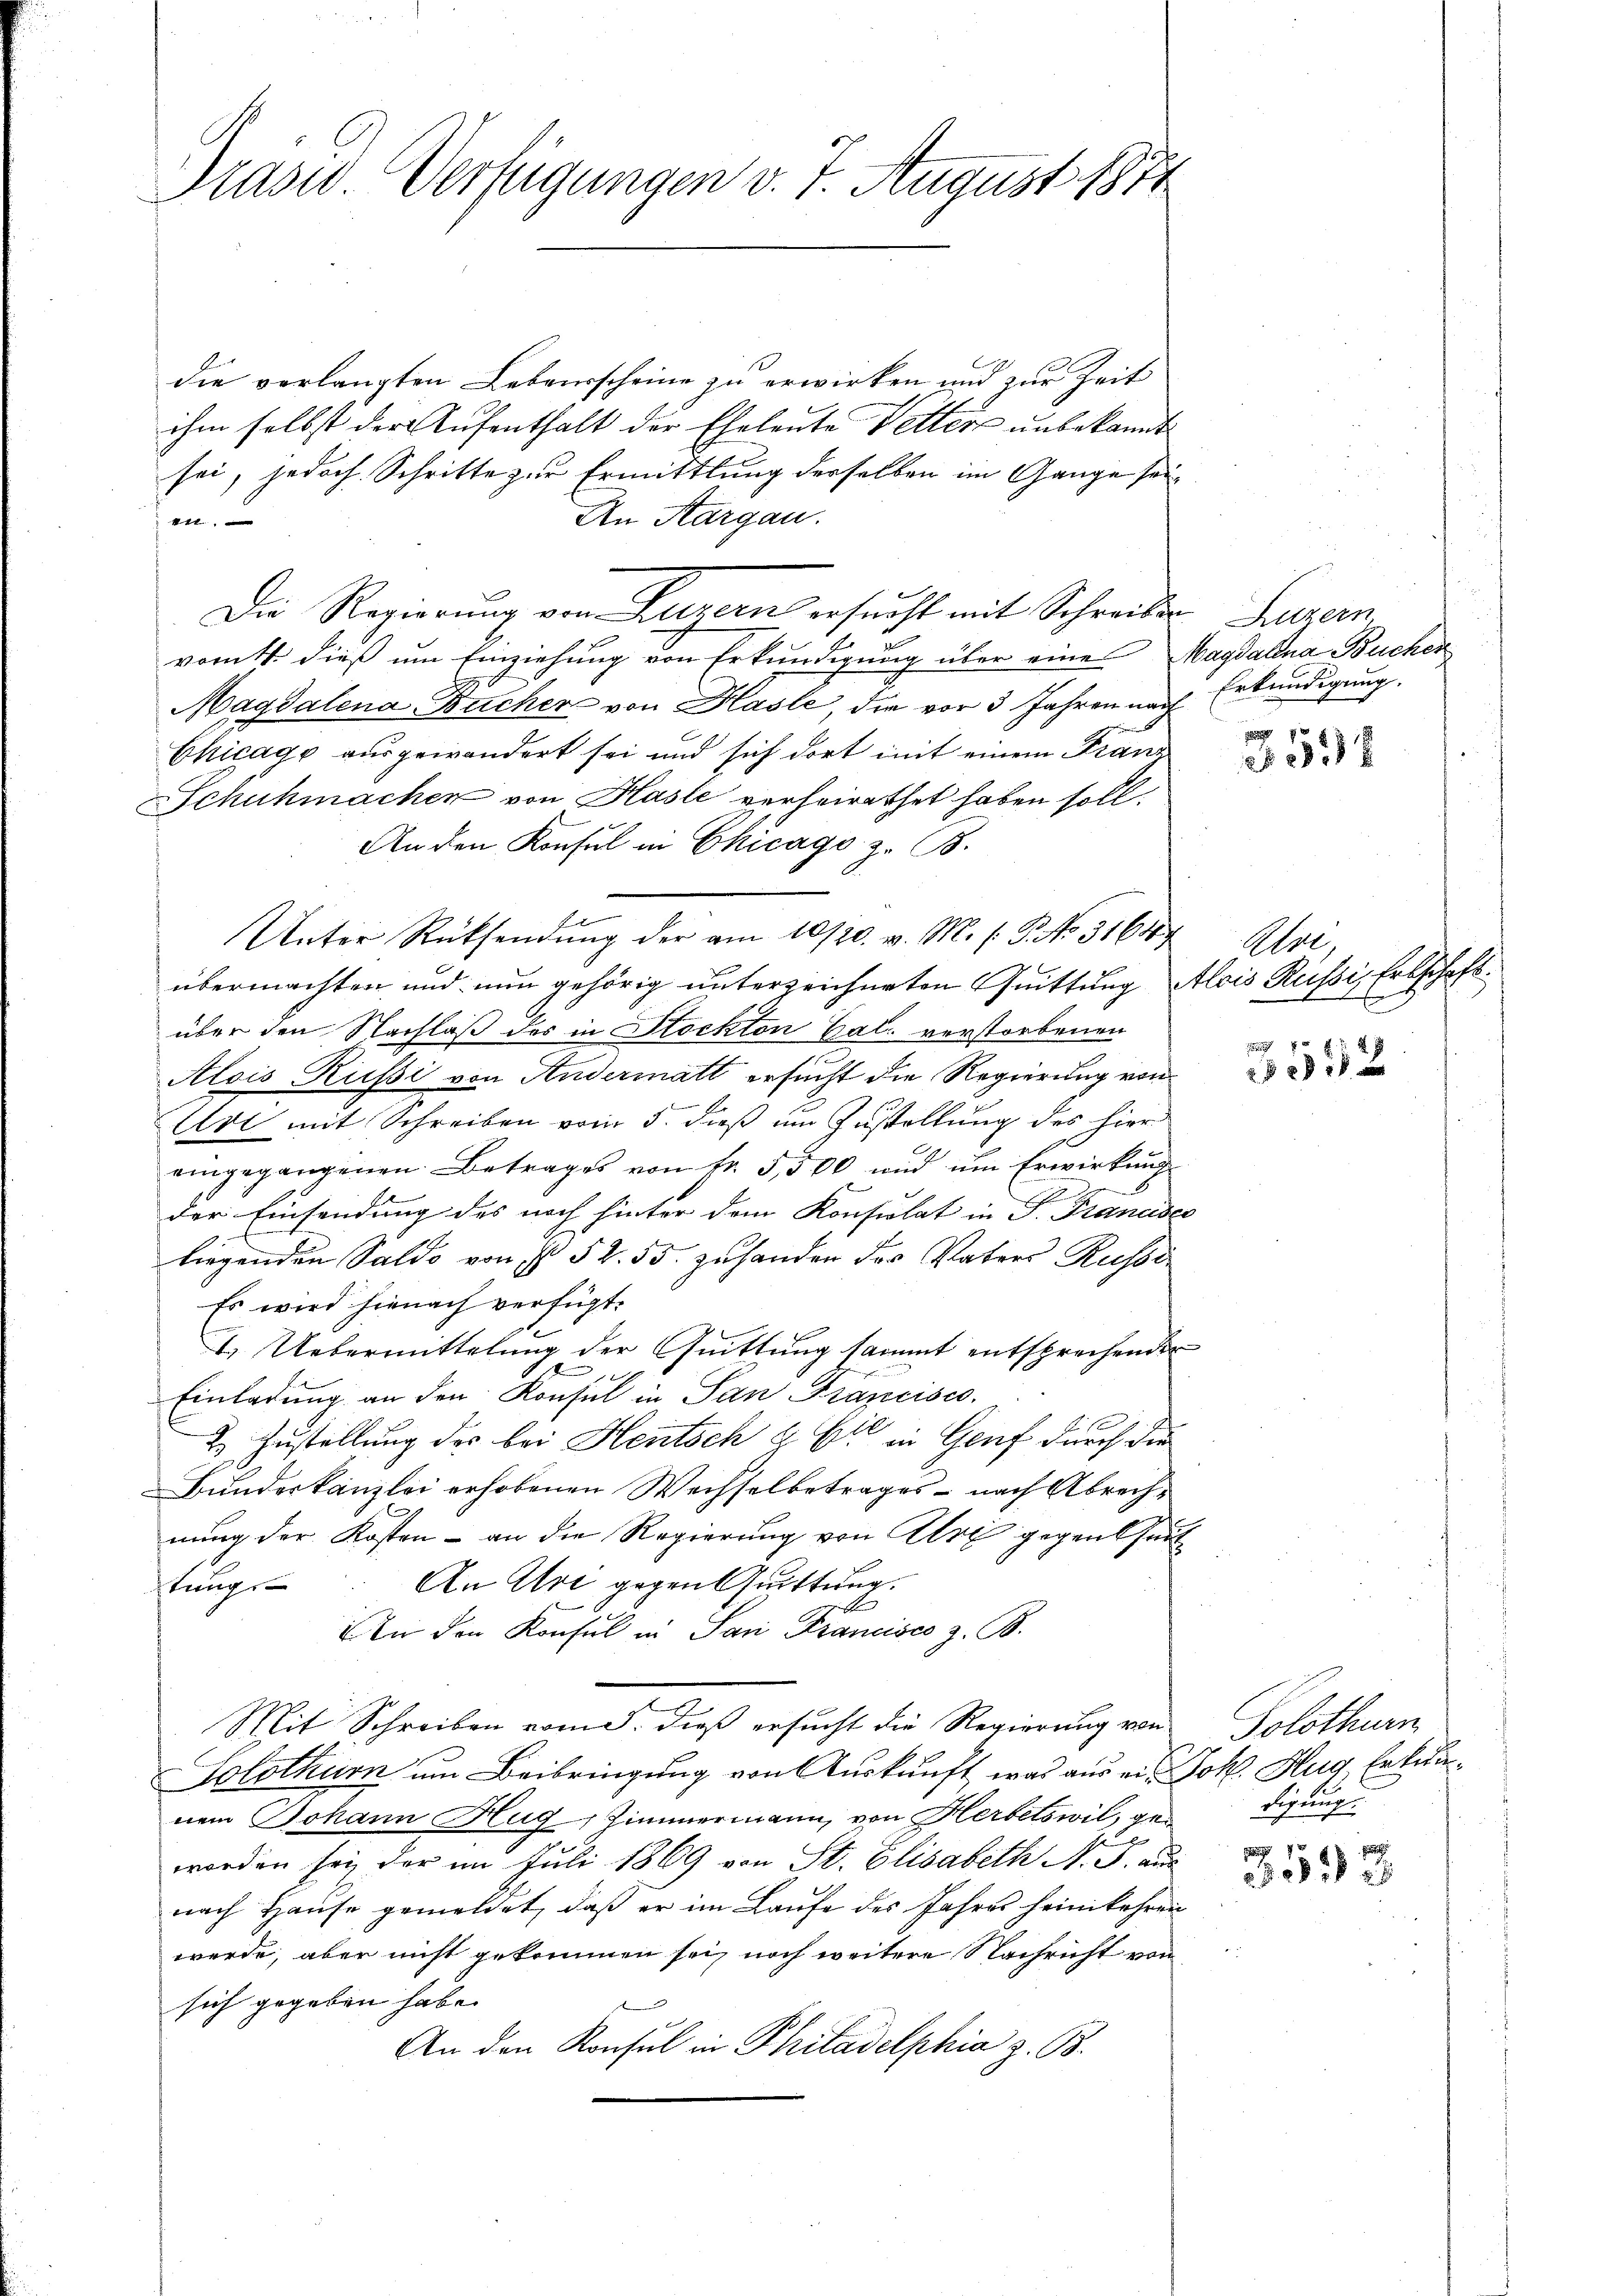
Präsid Verfügungen v. 7. August 1874

die vorlangten Lebensscheine zu erwirken und zur Zeit
ihm selbst der Aufenthalt der Eheleute Vetter unbekannt
sei, jedoch Schritte zur Ermittlung derselben im Gange sei¬
An Kargau.
112
Die Regierung von Luzern ersucht mit Schreiber Luzern
vomtt. dieß um Einziehung von Erkundigung über eine Magdalena Buchen
Magdalena Bucher von Hasle, die vor 3 Jahren nach
Chicago ausgewandert sei und sich dort mit einem Franz
Schuhmachen von Hasle verheirathet haben soll.
An den Konsul in Chicago z. B.
Unter Rücksendung der am 10/20. v. M. (: P. No. 31640
übermachten und nun gehörig unterzeichneten Quittung Alois Russi, Erbschaft.
über den Nachlaß des in Stockten Cal. verstorbenen
Alois Russi von Andermatt ersucht die Regierung von
Es
Urt mit Schreiben vom 5. dieß um Zustellung des hier
eingegangenen Betrages von Fr. 5500 und um Erwirkung
der Einsendung des noch hinter dem Konsulat in P. Franede
liegenden Saldo von I 52. 55. zuhanden der Vaters Russe
Es wird hienach verfügt:
I. Uebermittelung der Quittung sammt entsprechenden
x
Einladung an den Konsul in San Francisco
2 Zustellung des bei Heutsch & Cie in Genf durch die
Bundeskanzlei erhobenen Wechselbetrages - nach Abrechnung der Kosten - an die Regierung von Alpe gegent heut
tung. An Uri gegen Quittung.
s
An den Konsul in San Francises z. B.
Mit Schreiben vom 5. dieß ersucht die Regierung von
Solothur um Beibringung von Auskunft, was aus einem Johann Hug, Zimmermann, von Herbetswil, geworden sei, der im Juli 1869 von St. Elisabeth N. S. aus
nach Hause gemeldet, daß er im Laufe des Jahres heimkehren
werde, aber nicht gekommen sei, noch weitere Nachricht von
sich gegeben habe.
An den Konsul in Philadelphia z. B.

Erkundigung.

x

Alri,
 20 x

21 x

Solothurn
Joh. Hug, Erkundigung

3598